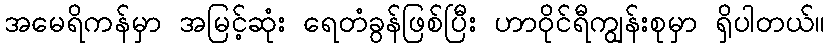
အမေရိကန်မှာ အမြင့်ဆုံး ရေတံခွန်ဖြစ်ပြီး ဟာဝိုင်ရီကျွန်းစုမှာ ရှိပါတယ်။